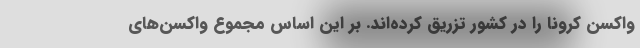
واکسن کرونا را در کشور تزریق کرده‌اند. بر این اساس مجموع واکسن‌های